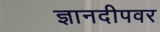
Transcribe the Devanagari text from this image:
ज्ञानदीपवर